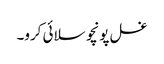
غسل پونچو سلائی کرو۔